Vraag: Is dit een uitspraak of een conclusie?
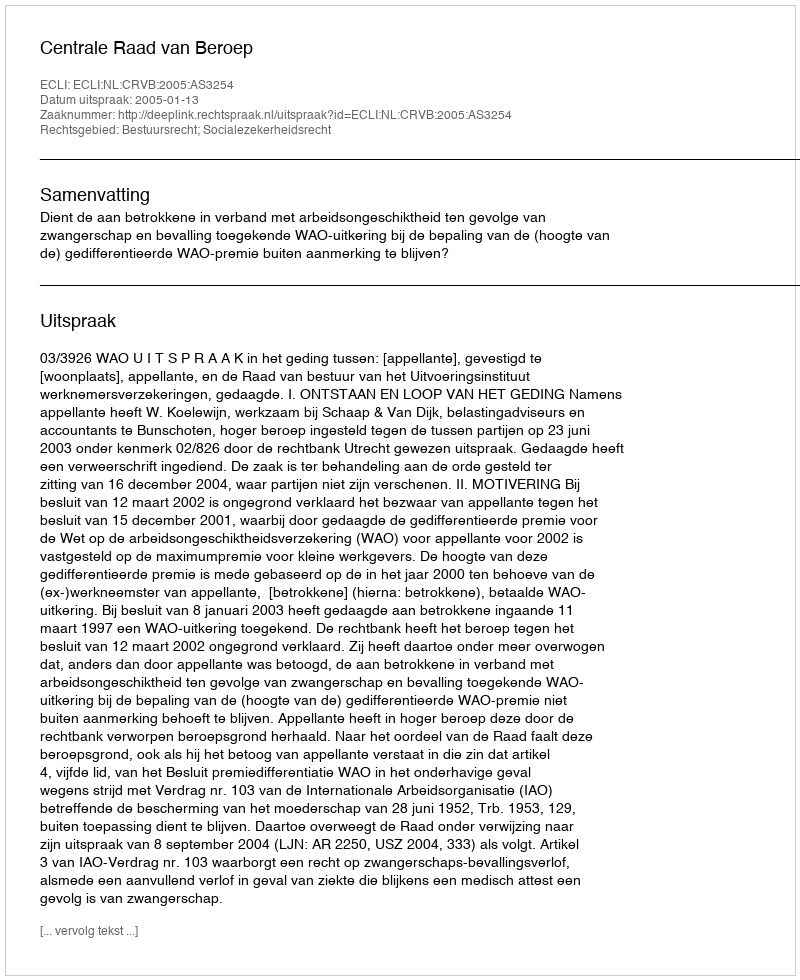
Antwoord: Uitspraak